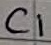
Text: C1